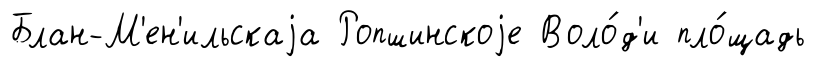
Блан-М'ен'ильскаjа Ропшинскоjе Воло́д'и пло́щадь